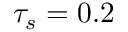
\tau _ { s } = 0 . 2